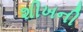
શીખની